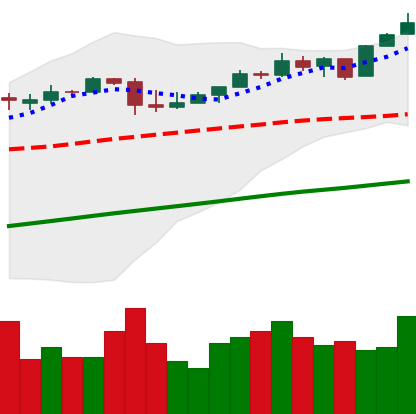
Ticker: BTC-USD
Chart end date: 2017-04-26
Forward return: 10.969%
Label: up_7plus